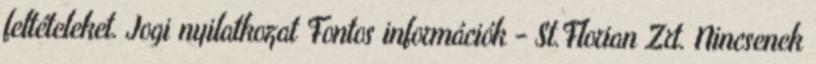
feltételeket. Jogi nyilatkozat Fontos információk - St.Florian Zrt. Nincsenek